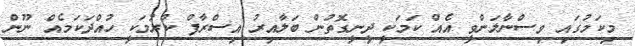
މިކަމުގައި ވިސްނާލަންވީ އެއް ކަމަކީ ދީނީގޮތުން ބަލާއިރު އިސްރާފް ކުރުމަކީ ހުއްދަކަމެއް ނޫން